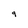
Character: 9